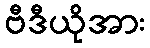
ဗီဒီယိုအား